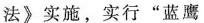
法》实施，实行”蓝鹰